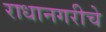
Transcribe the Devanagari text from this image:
राधानगरीचे